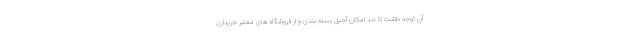
آن توجه داشت تا حد امکان آجیل بسته بندی و از فروشگاه های معتبر خریداری